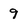
Character: 9